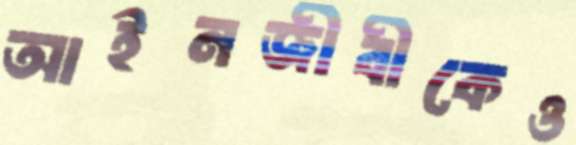
আইনজীবীকেও